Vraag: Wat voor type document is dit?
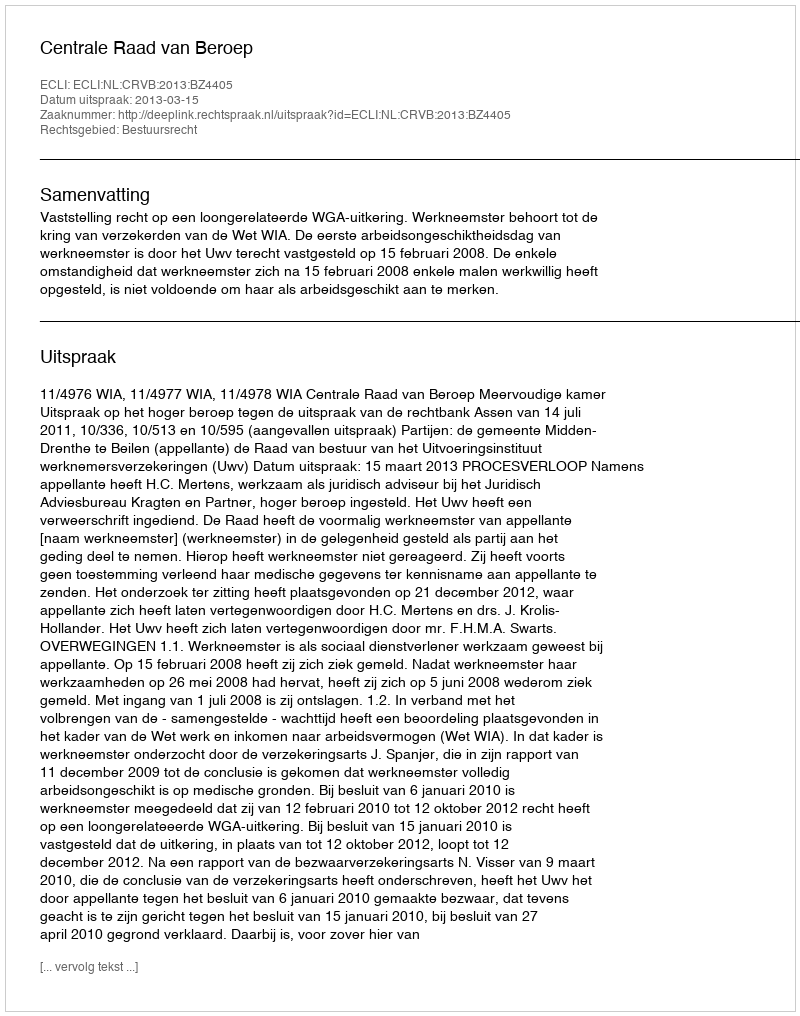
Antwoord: Uitspraak